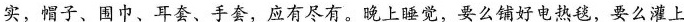
实帽子、围巾、耳套、手套，应有尽有。晚上睡觉，要么铺好电热毯，要么灌上